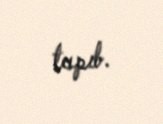
tapıb.